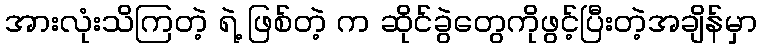
အားလုံးသိကြတဲ့ ရဲ့ ဖြစ်တဲ့ က ဆိုင်ခွဲတွေကိုဖွင့်ပြီးတဲ့အချိန်မှာ